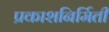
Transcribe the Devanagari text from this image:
प्रकाशनिर्मिती